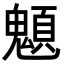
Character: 䫥